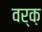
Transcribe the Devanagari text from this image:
वर्क़